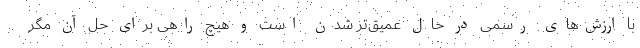
با ارزش‌های رسمی در حال عمیق‌تر شدن است و هیچ راهی برای حل آن مگر